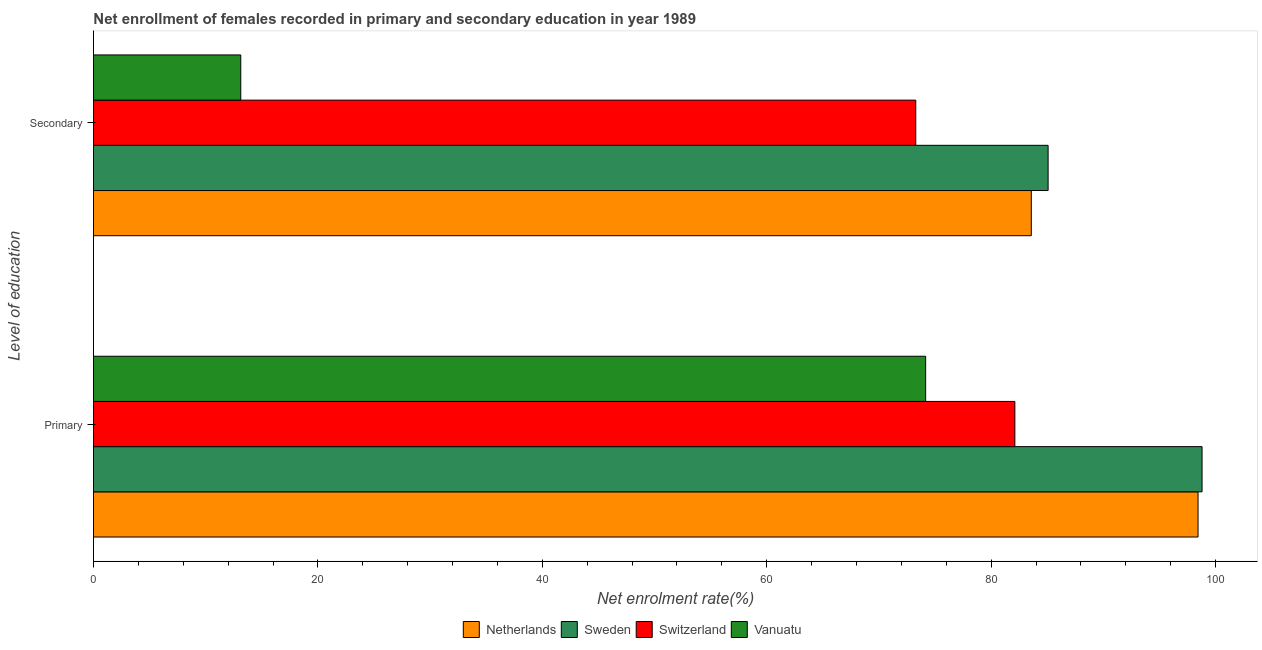
| Level of education | Netherlands | Sweden | Switzerland | Vanuatu |
 | --- | --- | --- | --- | --- |
 | Primary | 98.4 | 98.8 | 82.1 | 74.2 |
 | Secondary | 83.6 | 85.1 | 73.3 | 13.1 |